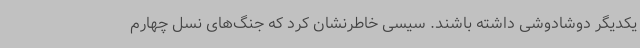
یکدیگر دوشادوشی داشته باشند. سیسی خاطرنشان کرد که جنگ‌های نسل چهارم